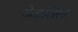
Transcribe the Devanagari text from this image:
मेतालिस्त